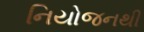
નિયોજનથી